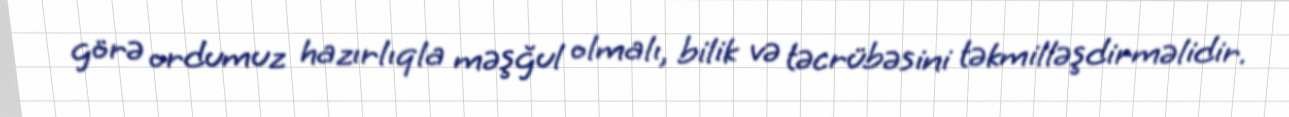
görə ordumuz hazırlıqla məşğul olmalı, bilik və təcrübəsini təkmilləşdirməlidir.